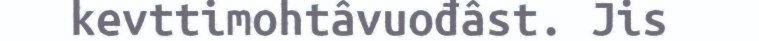
kevttimohtâvuođâst. Jis